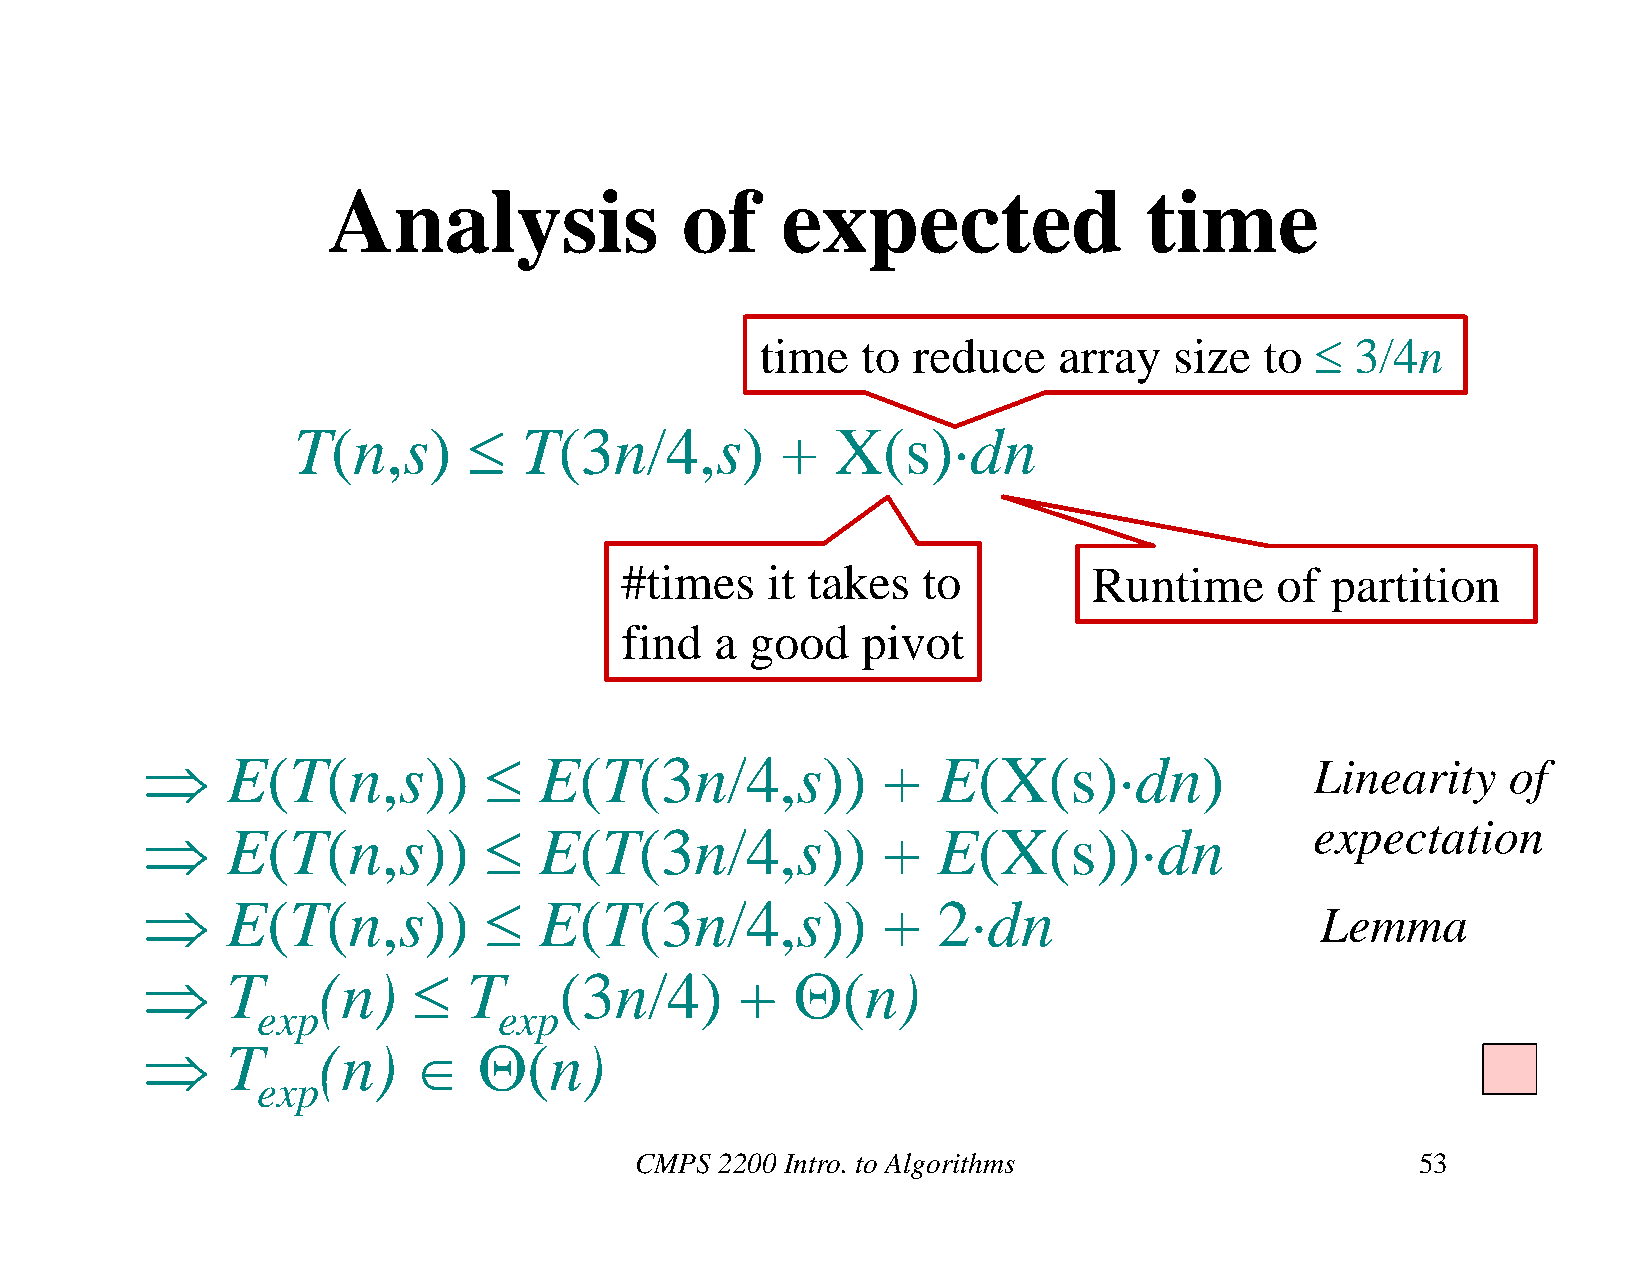
Analysis               of     expected                time
 time   to reduce    array   size  to   3/4n
 T(n,s)         T(3n/4,s)        +  X(s)dn
 #times    it takes  to         Runtime     of  partition
 find  a  good   pivot
     E(T(n,s))           E(T(3n/4,s))          +   E(X(s)dn)               Linearity    of
 expectation
     E(T(n,s))           E(T(3n/4,s))          +   E(X(s))dn
     E(T(n,s))           E(T(3n/4,s))          +   2dn
 Lemma
     T     (n)      T     (3n/4)      +  (n)
 exp             exp
     T     (n)       (n)
 exp
 CMPS  2200 Intro. to Algorithms                     53